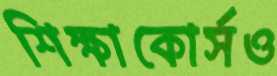
শিক্ষাকোর্সও